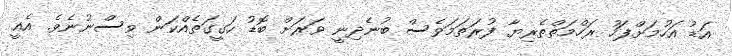
އަޑު އަހުމަށްފަހު ރަހްމަތްތެރިޔާ ފުރަތަމަވެސް ބުނެދިނީ ވަރަށް ބޮޑު ހަގީގަތެއްކަން ވިސްނުނެވެ. އެއީ